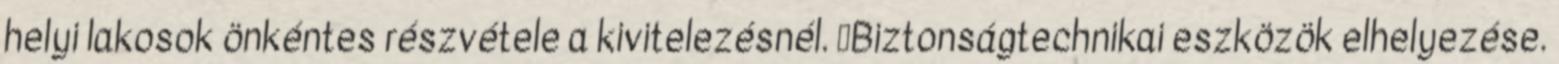
helyi lakosok önkéntes részvétele a kivitelezésnél. ▪Biztonságtechnikai eszközök elhelyezése.